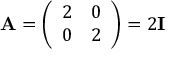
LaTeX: \mathbf { A } = { \left( \begin{array} { l l } { 2 } & { 0 } \\ { 0 } & { 2 } \end{array} \right) } = 2 \mathbf { I }